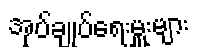
အုပ်ချုပ်ရေးမှူးများ